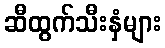
ဆီထွက်သီးနှံများ